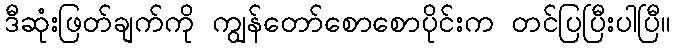
ဒီဆုံးဖြတ်ချက်ကို ကျွန်တော်စောစောပိုင်းက တင်ပြပြီးပါပြီ။